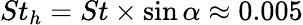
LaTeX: St_{h}=St\times\sin\alpha\approx 0.005